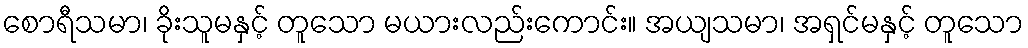
စောရီသမာ၊ ခိုးသူမနှင့် တူသော မယားလည်းကောင်း။ အယျသမာ၊ အရှင်မနှင့် တူသော